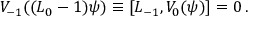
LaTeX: V _ { - 1 } ( ( L _ { 0 } - 1 ) \psi ) \equiv [ L _ { - 1 } , V _ { 0 } ( \psi ) ] = 0 \, .